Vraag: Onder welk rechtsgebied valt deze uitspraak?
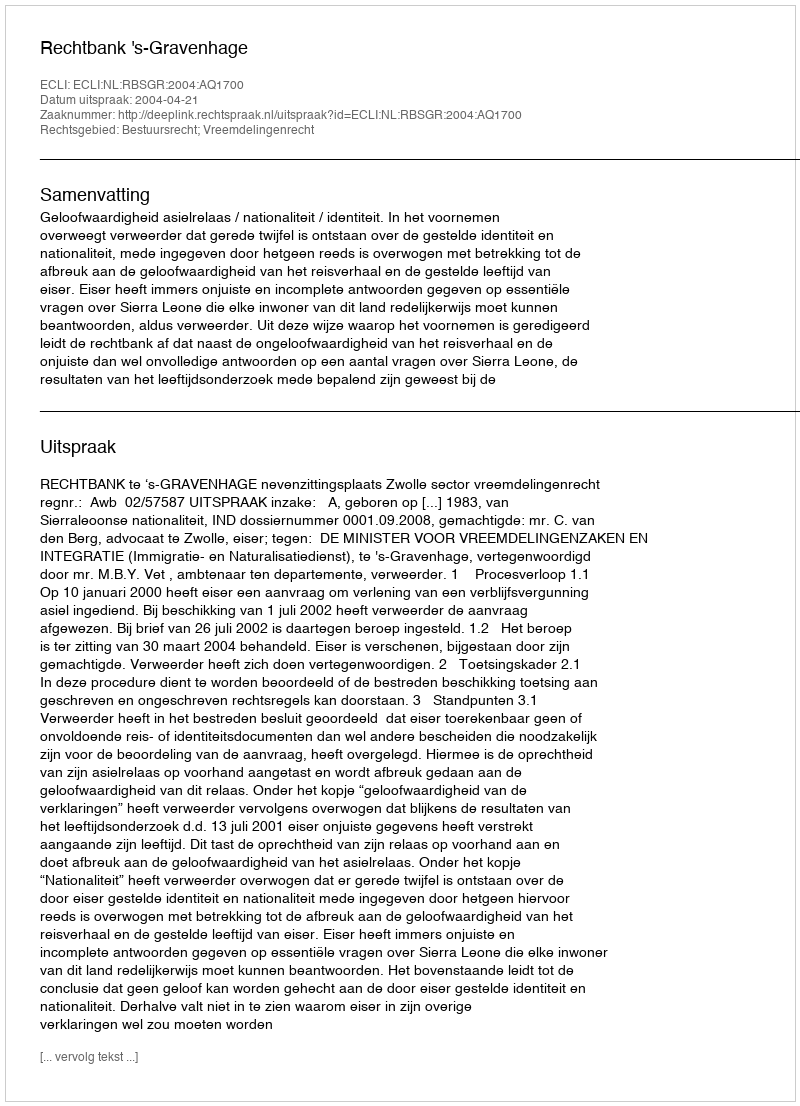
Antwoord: Bestuursrecht; Vreemdelingenrecht